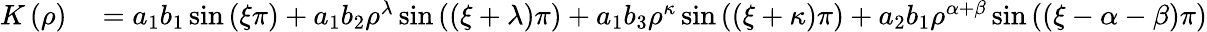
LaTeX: \begin{array}{rl}{K\left(\rho\right)}&{{}=a_{1}b_{1}\sin\left(\xi\pi\right)+a_{1}b_{2}\rho^{\lambda}\sin\left(\left(\xi+\lambda\right)\pi\right)+a_{1}b_{3}\rho^{\kappa}\sin\left(\left(\xi+\kappa\right)\pi\right)+a_{2}b_{1}\rho^{\alpha+\beta}\sin\left(\left(\xi-\alpha-\beta\right)\pi\right)}\end{array}